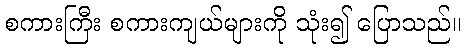
စကားကြီး စကားကျယ်များကို သုံး၍ ပြောသည်။